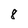
Character: 8